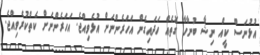
އުޅުނަސް ކީއް ނިޝާ ބުނާހާ ގޮތެއް ހަދައިގެން އަހަރެންނަށް އުޅެވިއްޖެ. އަހަރެންނަށް ކެތްކުރެވިއްޖެ.